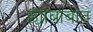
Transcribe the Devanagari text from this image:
ह्याबाबात